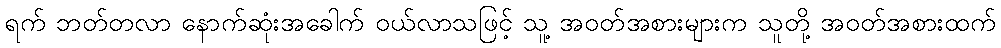
ရက် ဘတ်တလာ နောက်ဆုံးအခေါက် ဝယ်လာသဖြင့် သူ့ အဝတ်အစားများက သူတို့ အဝတ်အစားထက်